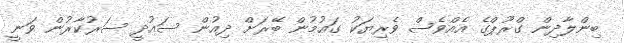
ބިންލާދިން ގްރޫޕްގެ އެއްވެސް ވެރިޔަކު ގައުމުން ބޭރަށް ދިއުން ސައުދީ ސަރުކާރުން ވަނީ